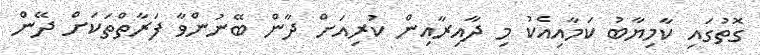
ގޮތުގައި ކާމިޔާބު ކަމާއިއެކު މި ދާއިރާއިން ކުރިއަށް ދާން ބޭނުންވާ ފަރާތްތަކަށް ދޭން